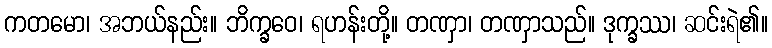
ကတမော၊ အဘယ်နည်း။ ဘိက္ခဝေ၊ ရဟန်းတို့။ တဏှာ၊ တဏှာသည်။ ဒုက္ခဿ၊ ဆင်းရဲ၏။